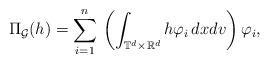
LaTeX: \begin{align*}\Pi_{\mathcal G} (h) =\sum_{i=1}^{n}\, \left(\int_{\mathbb T^d\times{\mathbb R^d}}h\varphi_i\, dx dv\right)\varphi_i,\end{align*}